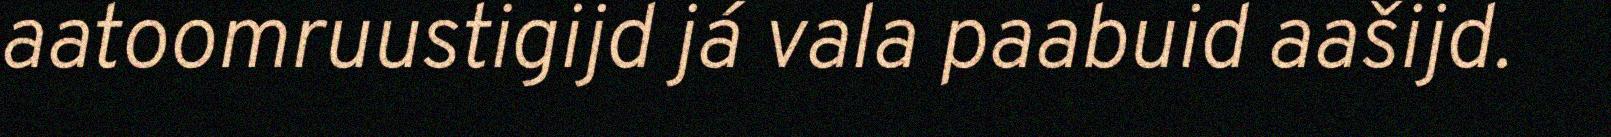
aatoomruustigijd já vala paabuid aašijd.